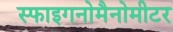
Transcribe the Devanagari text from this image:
स्फाइगनोमैनोमीटर